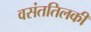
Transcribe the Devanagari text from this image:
वसंततिलकी